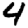
Digit: 4